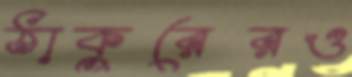
ঠাকুরেরও